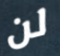
لن